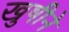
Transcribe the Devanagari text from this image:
खुषीने